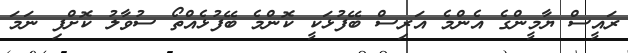
ރައީސް ޔާމީންގެ އެންމެ އަރިސް ބޭފުޅަކީ ކޮންމެ ބޭފުޅެއްތޯ ސުވާލު ކޮށްފި ނަމަ